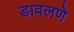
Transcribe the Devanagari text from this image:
डावलणे